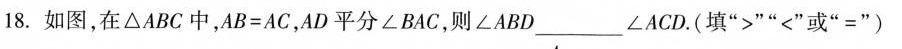
18.如图，在\bigtriangleupABC中，$$A B = A C$$，AD平分\angleBAC，则\angleABD___\angleACD。(填”>””<”或”=”)